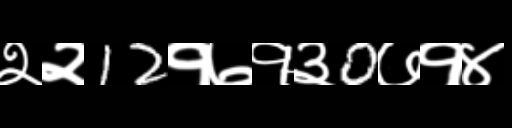
Text: २२12१७१३0७१४